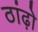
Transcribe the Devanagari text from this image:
ठांढ़ो